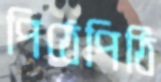
পিঠেপিঠি